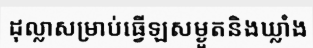
ដុល្លាសម្រាប់ធ្វើឡសម្ងួតនិងឃ្លាំង